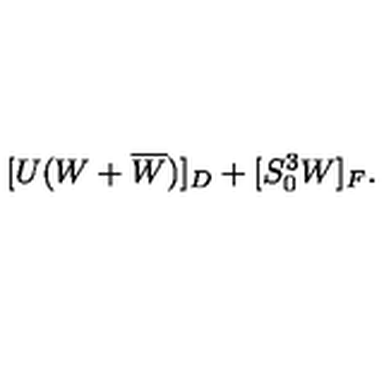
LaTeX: [ U ( W + \overline { W } ) ] _ { D } + [ S _ { 0 } ^ { 3 } W ] _ { F } .